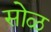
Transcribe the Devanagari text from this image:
सोळ